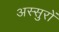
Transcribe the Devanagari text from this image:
अस्सुरों